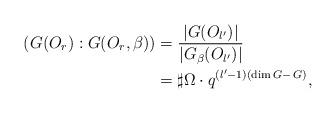
LaTeX: \begin{align*} \left(G(O_r):G(O_r,\beta)\right) &=\frac{|G(O_{l^{\prime}})|} {|G_{\beta}(O_{l^{\prime}})|}\\ &=\sharp\Omega\cdot q^{(l^{\prime}-1)(\dim G-\,G)},\end{align*}